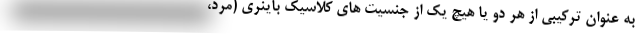
به عنوان ترکیبی از هر دو یا هیچ یک از جنسیت های کلاسیک باینری (مرد،